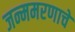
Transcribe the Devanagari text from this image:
जन्ममरणाचे